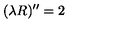
( \lambda R ) ^ { \prime \prime } = 2